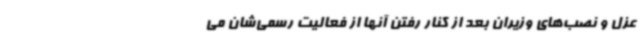
عزل و نصب‌های وزیران بعد از کنار رفتن آنها از فعالیت‌ رسمی‌شان می